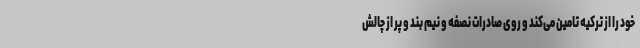
خود را از ترکیه تامین می‌کند و روی صادرات نصفه و نیم بند و پر از چالش